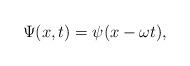
LaTeX: \begin{align*}\Psi(x, t) = \psi(x-\omega t),\end{align*}